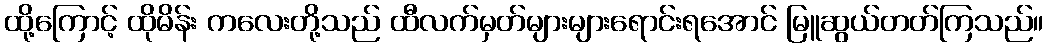
ထို့ကြောင့် ထိုမိန်း ကလေးတို့သည် ထီလက်မှတ်များများရောင်းရအောင် မြူဆွယ်တတ်ကြသည်။